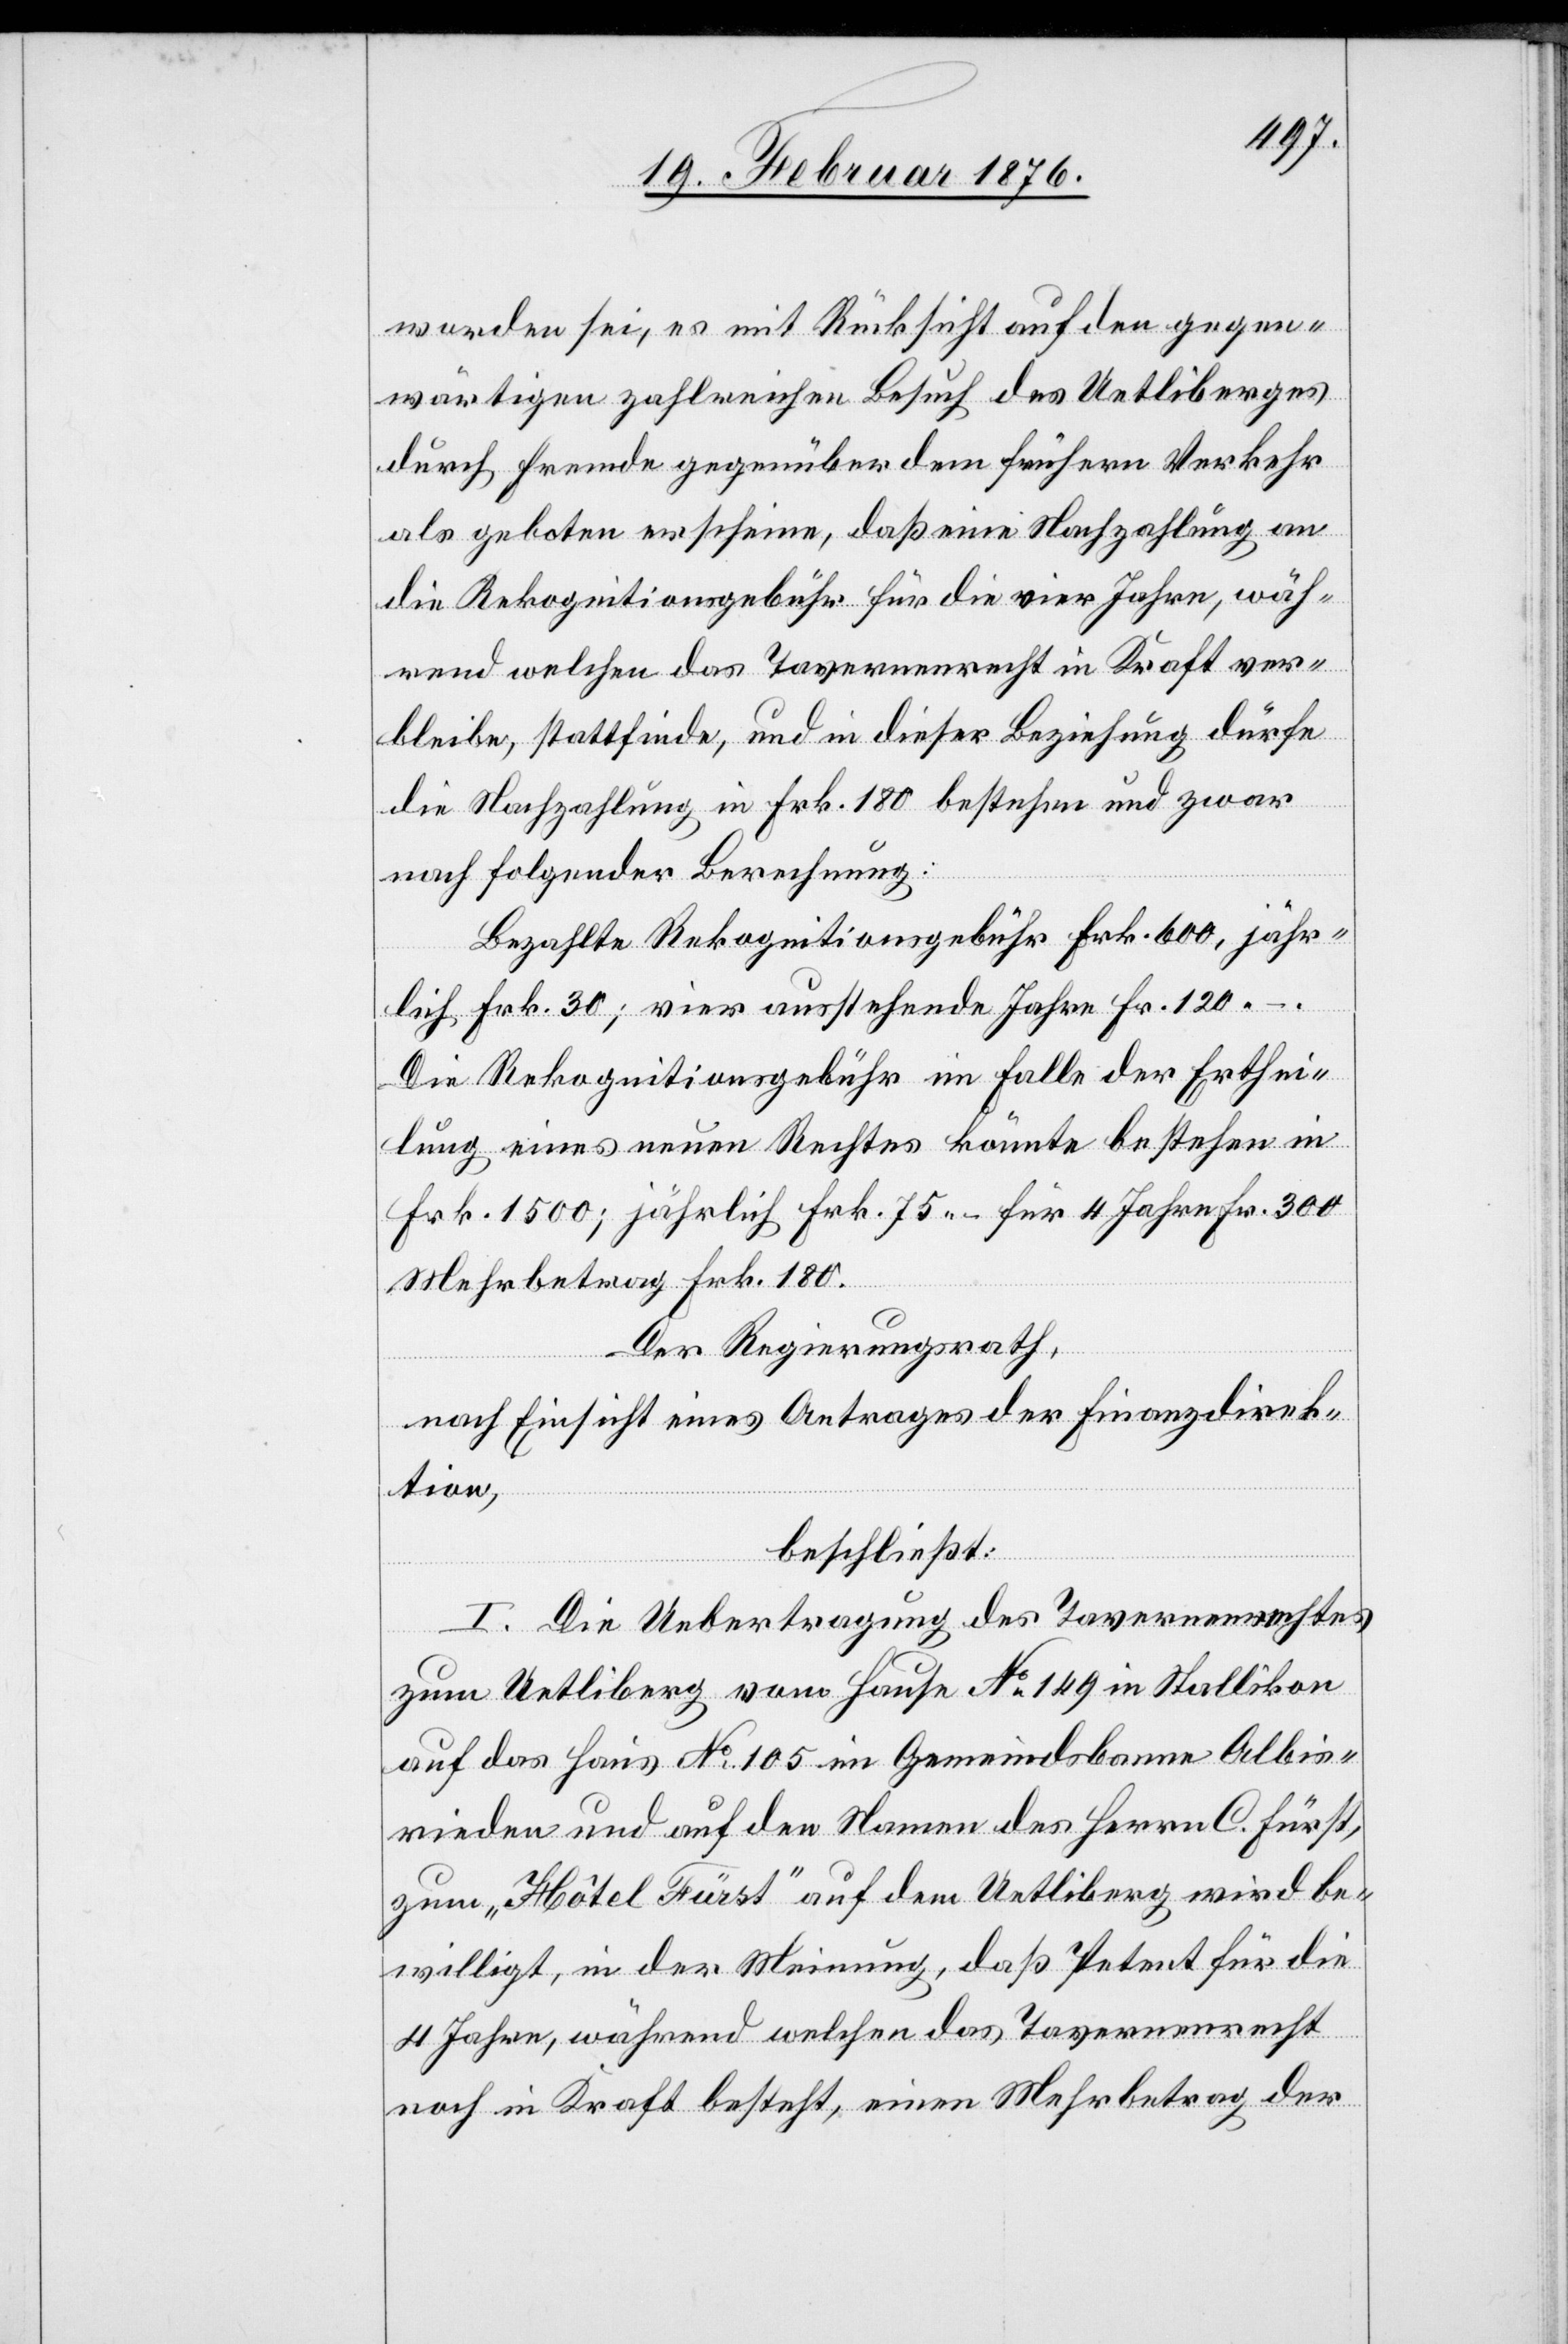
worden sei, es mit Rücksicht auf den gegen¬
wärtigen zahlreichen Besuch des Uetliberges
durch Freunde gegenüber dem frühern Verkehr
als geboten erscheine, das eine Nachzahlung an
die Rekognitionsgebühr für die vier Jahre, wäh¬
rend welchen das Tavernenrecht in Kraft ver¬
bleibe, stattfinde, und in dieser Beziehung dürfe
Albis¬
die Nachzahlung in Frk. 180 bestehen und zwar
nach folgender Berechnung:
Bezahlte Rekognitionsgebühr Frk. 600, jähr¬
lich Frk. 30; vier ausstehende Jahre Fr. 120 –.
Die Rekognitionsgebühr im Falle der Erthei¬
lung eines neuen Rechtes könnte bestehen in
Frk. 1500; jährlich Frk. 75 – für 4 Jahre Frk. 300
Mehrbetrag Frk. 180.
Der Regierungsrath,
nach Einsicht eines Antrages der Finanzdirek¬
tion,
beschließt:
I. Die Uebertragung des Tavernenrechtes
zum Uetliberg vom Hause No 105 im Gemeind¬
rieden und auf den Namen des Herrn C. Fürst,
zum „Hôtel Fürst“ auf dem Uetliberg wird be¬
willigt, in der Meinung, daß Petent für die
4 Jahre, während welchen das Tavernenrecht
noch in Kraft besteht, einen Mehrbetrag der